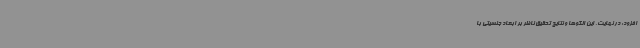
افزود: در نهایت، این الگوها و نتایج تحقیق ناظر بر ابعاد جنسیتی با